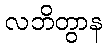
လဘိတွာန